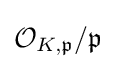
{\mathcal {O}}_{K,{\mathfrak {p}}}/{\mathfrak {p}}